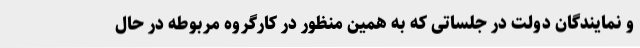
و نمایندگان دولت در جلساتی که به همین منظور در کارگروه مربوطه در حال